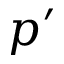
p ^ { \prime }